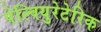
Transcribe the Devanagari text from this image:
पेल्वियुरेटेरिक